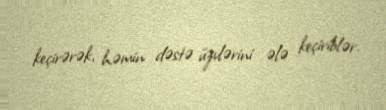
keçirərək, həmin dəstə üzvlərini ələ keçiriblər.